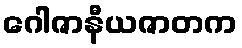
ဂေါဇာနီယဇာတက